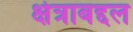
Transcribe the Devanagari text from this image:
क्षेत्राबद्दल